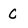
Character: C